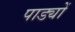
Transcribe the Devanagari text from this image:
पाड्यों